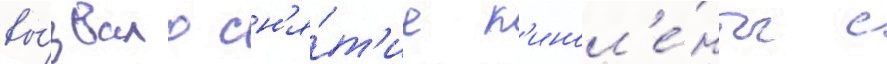
вы́звало сн'я́т'ие к'инол'е́нты с